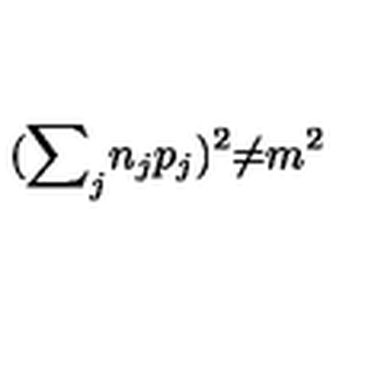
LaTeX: ( { { \sum } _ { j } n _ { j } p _ { j } } ) ^ { 2 } { \neq } m ^ { 2 }